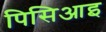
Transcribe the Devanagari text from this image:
पिसिआइ